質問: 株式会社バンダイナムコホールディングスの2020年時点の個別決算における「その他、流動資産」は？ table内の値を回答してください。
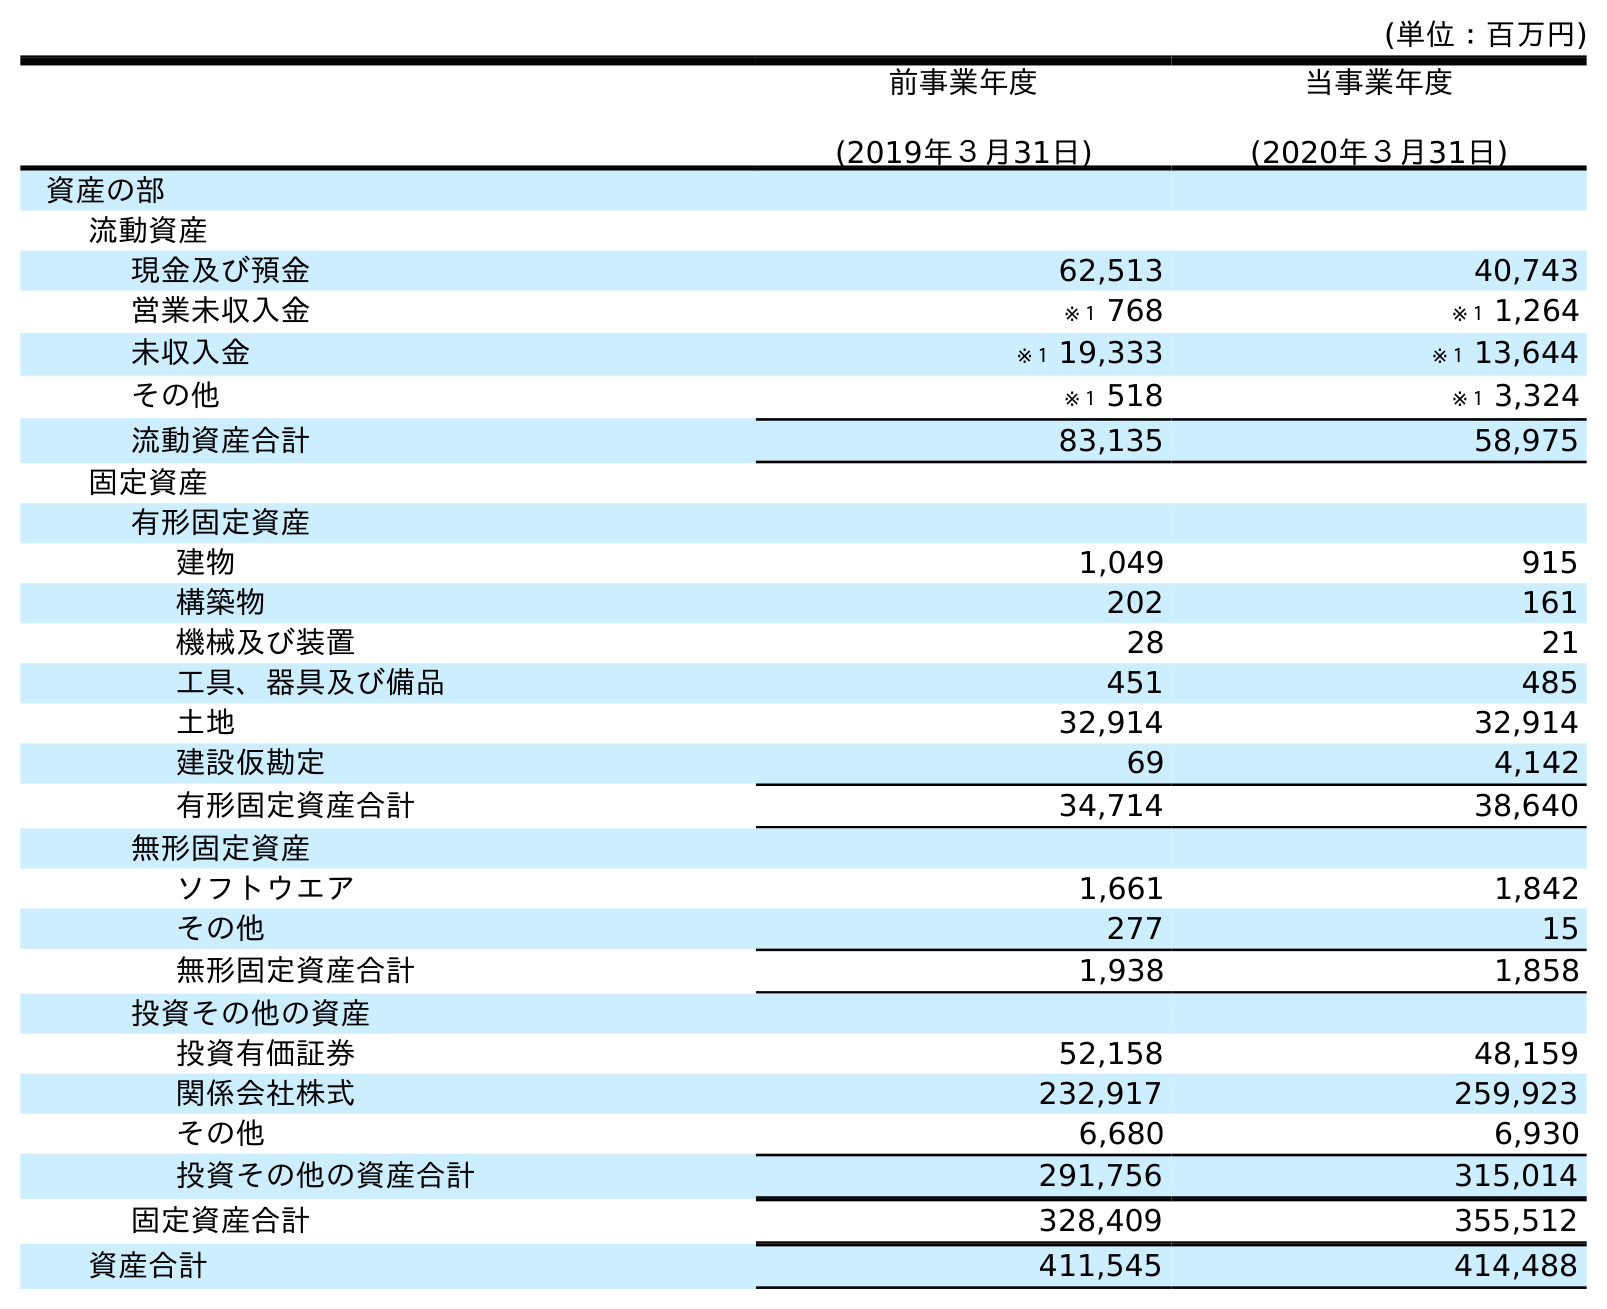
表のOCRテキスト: (単位：百万円) 前事業年度 (2019年３月31日) 当事業年度 (2020年３月31日) 資産の部 流動資産 現金及び預金 62,513 40,743 営業未収入金 ※１ 768 ※１ 1,264 未収入金 ※１ 19,333 ※１ 13,644 その他 ※１ 518 ※１ 3,324 流動資産合計 83,135 58,975 固定資産 有形固定資産 建物 1,049 915 構築物 202 161 機械及び装置 28 21 工具、器具及び備品 451 485 土地 32,914 32,914 建設仮勘定 69 4,142 有形固定資産合計 34,714 38,640 無形固定資産 ソフトウエア 1,661 1,842 その他 277 15 無形固定資産合計 1,938 1,858 投資その他の資産 投資有価証券 52,158 48,159 関係会社株式 232,917 259,923 その他 6,680 6,930 投資その他の資産合計 291,756 315,014 固定資産合計 328,409 355,512 資産合計 411,545 414,488
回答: ※１3,324